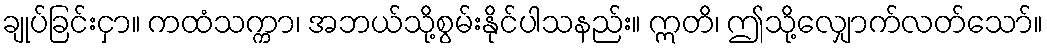
ချုပ်ခြင်းငှာ။ ကထံသက္ကာ၊ အဘယ်သို့စွမ်းနိုင်ပါသနည်း။ ဣတိ၊ ဤသို့လျှောက်လတ်သော်။